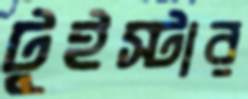
টুইস্টার